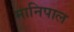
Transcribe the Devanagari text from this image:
मानिपाल